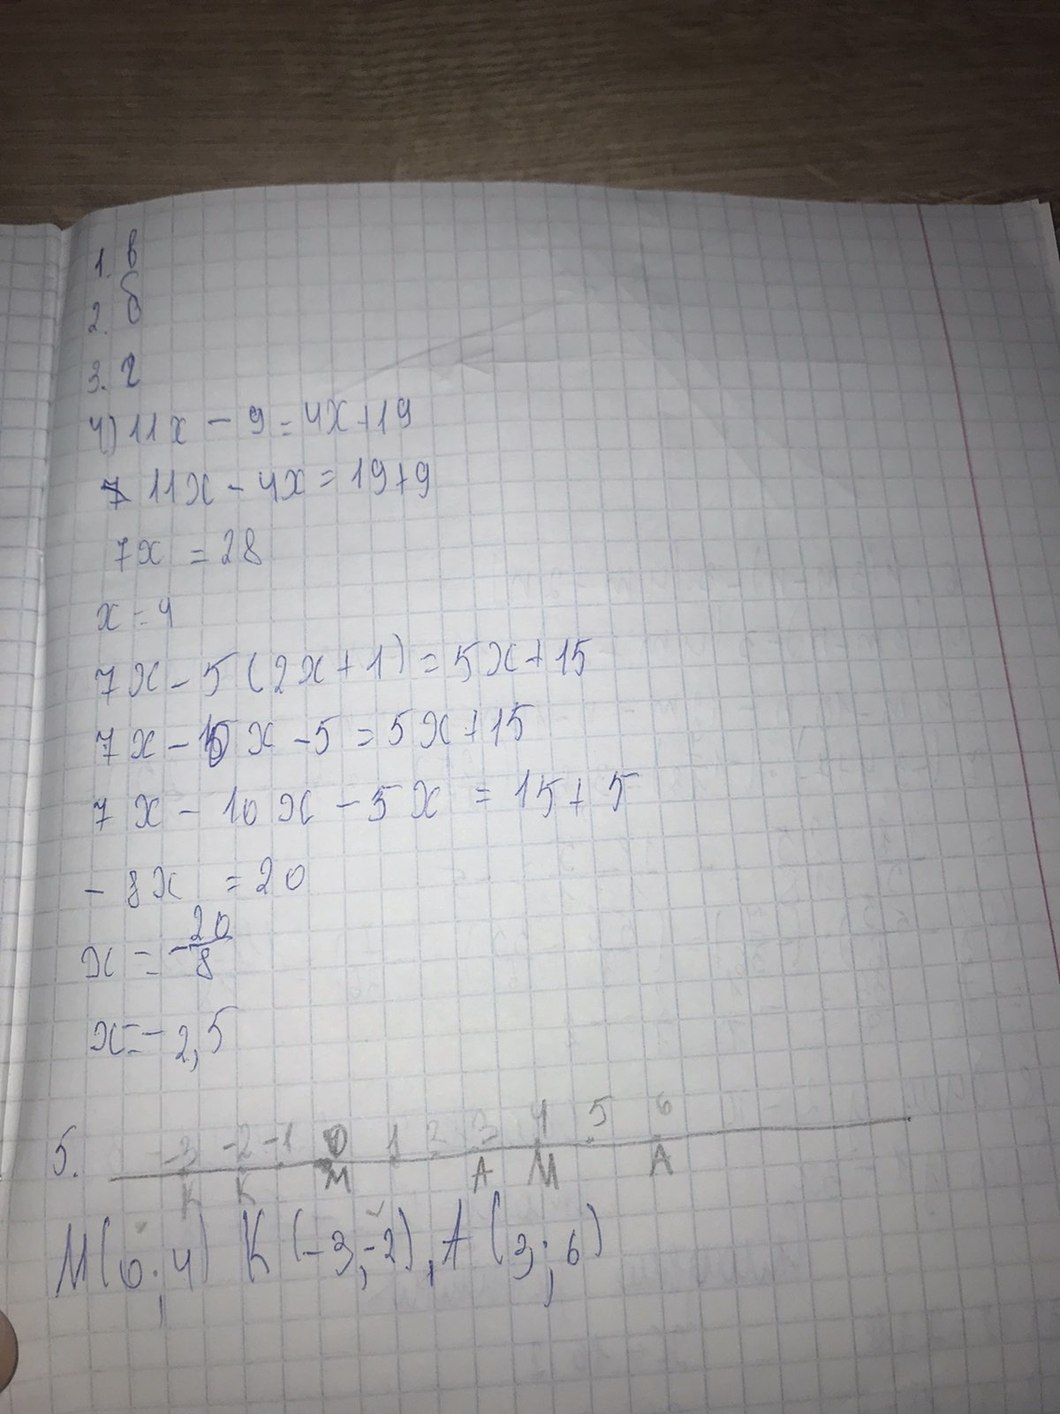
1. в
2. б
3. г
4) 11x - 9 = 4x + 19
~~7~~11x - 4x = 19 + 9
7x = 28
x = 4
7x - 5(2x + 1) = 5x + 15
7 x - 10 x - 5 = 5 x + 15
7x-10x-5x=15+5
- 8 x = 20
x = -20/8
x = - 2,5
5. -3 -2 -1 0 1 2 3 4 5 6 K K M A M А
M(0; 4) K(-3; -2), A(3; 6)